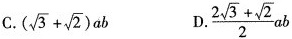
C. $$( \sqrt{3}+ \sqrt{2})a$$ D.\frac{2 \sqrt{3}+ \sqrt{2}}{2}ab